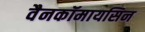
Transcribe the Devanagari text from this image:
वैनकॉमायसिन